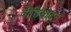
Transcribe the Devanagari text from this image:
वीडियोटन